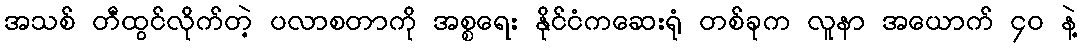
အသစ် တီထွင်လိုက်တဲ့ ပလာစတာကို အစ္စရေး နိုင်ငံကဆေးရုံ တစ်ခုက လူနာ အယောက် ၄၀ နဲ့